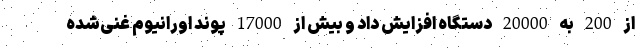
از 200 به 20000 دستگاه افزایش داد و بیش از 17000 پوند اورانیوم غنی‌شده